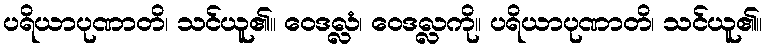
ပရိယာပုဏာတိ၊ သင်ယူ၏။ ဝေဒလ္လံ၊ ဝေဒလ္လကို။ ပရိယာပုဏာတိ၊ သင်ယူ၏။